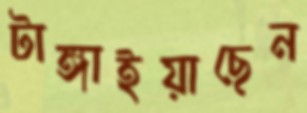
টাঙ্গাইয়াছেন